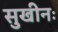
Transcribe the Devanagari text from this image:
सुखीनः